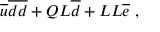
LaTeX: { \overline { { u } } } { \overline { { d } } } { \overline { { d } } } + Q L { \overline { { d } } } + L L { \overline { { e } } } \ ,